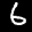
Label: 6